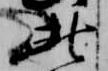
北